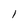
Character: l